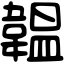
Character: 韞